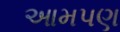
આમપણ